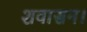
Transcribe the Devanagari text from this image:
शवासन।